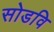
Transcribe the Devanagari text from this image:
सोडवि